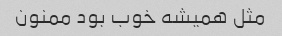
مثل همیشه خوب بود ممنون